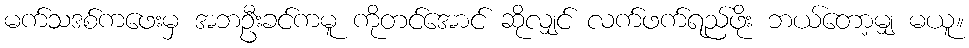
မက်သဒစ်ကဖေးမှ အဘဦးခင်ကမူ ကိုတင်အောင် ဆိုလျှင် လက်ဖက်ရည်ဖိုး ဘယ်တော့မျှ မယူ။